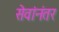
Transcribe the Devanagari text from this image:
सेवांनंतर